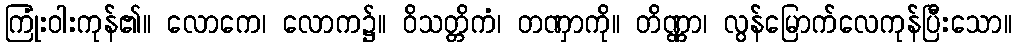
ကြုံးဝါးကုန်၏။ လောကေ၊ လောက၌။ ဝိသတ္တိကံ၊ တဏှာကို။ တိဏ္ဏာ၊ လွန်မြောက်လေကုန်ပြီးသော။